Civil Veterinary Dept. Bombay admin report 1893-99 - 1893-1899
Year: 1893
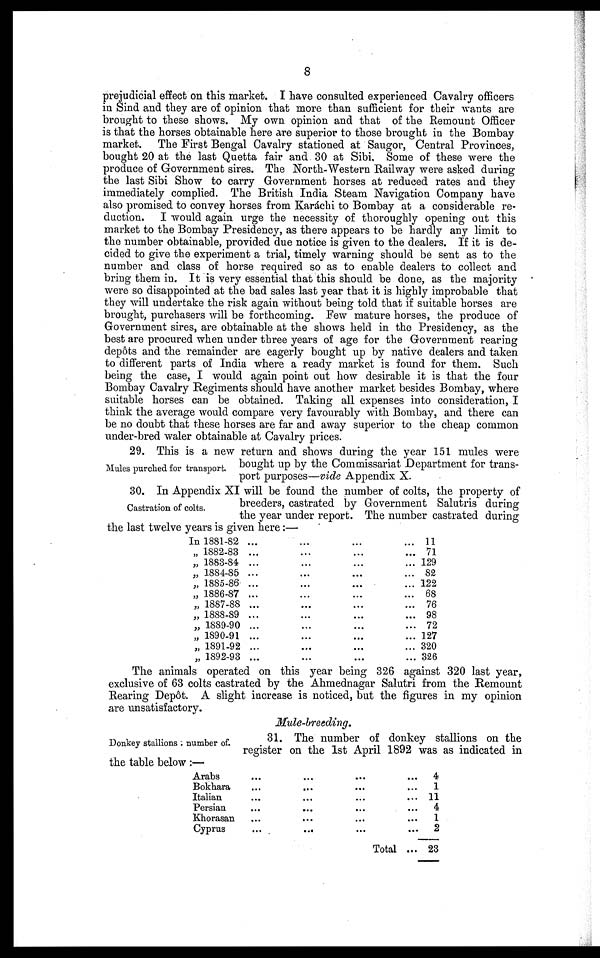
8
prejudicial effect on this market. I have consulted experienced Cavalry officers
in Sind and they are of opinion that more than sufficient for their wants are
brought to these shows. My own opinion and that of the Remount Officer
is that the horses obtainable here are superior to those brought in the Bombay
market. The First Bengal Cavalry stationed at Saugor, Central Provinces,
bought 20 at the last Quetta fair and. 30 at Sibi. Some of these were the
produce of Government sires. The North-Western Railway were asked during
the last Sibi Show to carry Government horses at reduced rates and they
immediately complied. The British India Steam Navigation Company have
also promised to convey horses from Karáchi to Bombay at a considerable re-
duction. I would again urge the necessity of thoroughly opening out this
market to the Bombay Presidency, as there appears to be hardly any limit to
the number obtainable, provided due notice is given to the dealers. If it is de-
cided to give the experiment a trial, timely warning should be sent as to the
number and class of horse required so as to enable dealers to collect and
bring them in. It is very essential that this should be done, as the majority
were so disappointed at the bad sales last year that it is highly improbable that
they will undertake the risk again without being told that if suitable horses are
brought, purchasers will be forthcoming. Few mature horses, the produce of
Government sires, are obtainable at the shows held in the Presidency, as the
best are procured when under three years of age for the Government rearing
depôts and the remainder are eagerly bought up by native dealers and taken
to different parts of India where a ready market is found for them. Such
being the case, I would again point out how desirable it is that the four
Bombay Cavalry Regiments should have another market besides Bombay, where
suitable horses can be obtained. Taking all expenses into consideration, I
think the average would compare very favourably with Bombay, and there can
be no doubt that these horses are far and away superior to the cheap common
under-bred waler obtainable at Cavalry prices.
Mules purched for transport.
29. This is a new return and shows during the year 151 mules were
bought up by the Commissariat Department for trans-
port purposes—vide Appendix X.
Castration of colts.
30. In Appendix XI will be found the number of colts, the property of
breeders, castrated by Government Salutris during
the year under report. The number castrated during
the last twelve years is given here:—
In 1881-82 ... ... ... ...
„ 1882-83 ... ... ... ...
„ 1883-84 ... ... ... ...
„ 1884-85 ... ... ... ...
„ 1885-86 ... ... ... ...
„ 1886-87 ... ... ... ...
„ 1887-88 ... ... ... ...
„ 1888-89 ... ... ... ...
„ 1889-90 ... ... ... ...
„ 1890-91 ... ... ... ...
„ 1891-92 ... ... ... ...
„ 1892-93 ... ... ... ...
11
71
129
82
122
68
76
98
72
127
320
326
The animals operated on this year being 326 against 320 last year,
exclusive of 63 colts castrated by the Ahmednagar Salutri from the Remount
Rearing Depôt. A slight increase is noticed, but the figures in my opinion
are unsatisfactory.
Mule-breeding.
Donkey stallions number of.
31. The number of donkey stallions on the
register on the 1st April 1892 was as indicated in
the table below:—
Arabs ... ... ... ...
Bokhara ... ... ... ...
Italian ... ... ... ...
Persian ... ... ... ...
Khorasan ... ... ... ...
Cyprus ... ... ... ...
Total ...
4
1
11
4
1
2
23